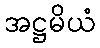
အဋ္ဌမိယံ